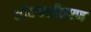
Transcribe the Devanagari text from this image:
लोकवशीकरण